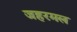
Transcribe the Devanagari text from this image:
जहरमल